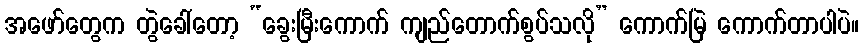
အဖော်တွေက တွဲခေါ်တော့ “ခွေးမြီးကောက် ကျည်တောက်စွပ်သလို” ကောက်မြဲ ကောက်တာပါပဲ။